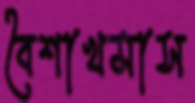
বৈশাখমাস